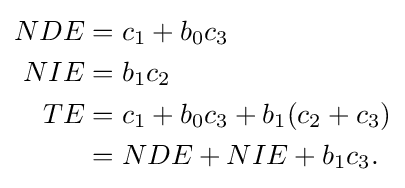
{\begin{aligned}NDE&=c_{1}+b_{0}c_{3}\\NIE&=b_{1}c_{2}\\TE&=c_{1}+b_{0}c_{3}+b_{1}(c_{2}+c_{3})\\&=NDE+NIE+b_{1}c_{3}.\end{aligned}}